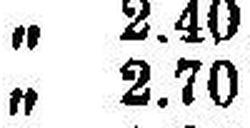
„ 2.70